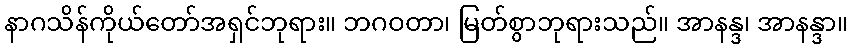
နာဂသိန်ကိုယ်တော်အရှင်ဘုရား။ ဘဂဝတာ၊ မြတ်စွာဘုရားသည်။ အာနန္ဒ၊ အာနန္ဒာ။